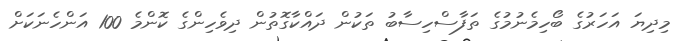
މިދިޔަ އަހަރުގެ ބޯހިމެނުމުގެ ތަފާސްހިސާބު ތަކުން ދައްކާގޮތުން ދިވެހިންގެ ކޮންމެ 100 އަންހެނަކަށް